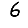
Digit: 6